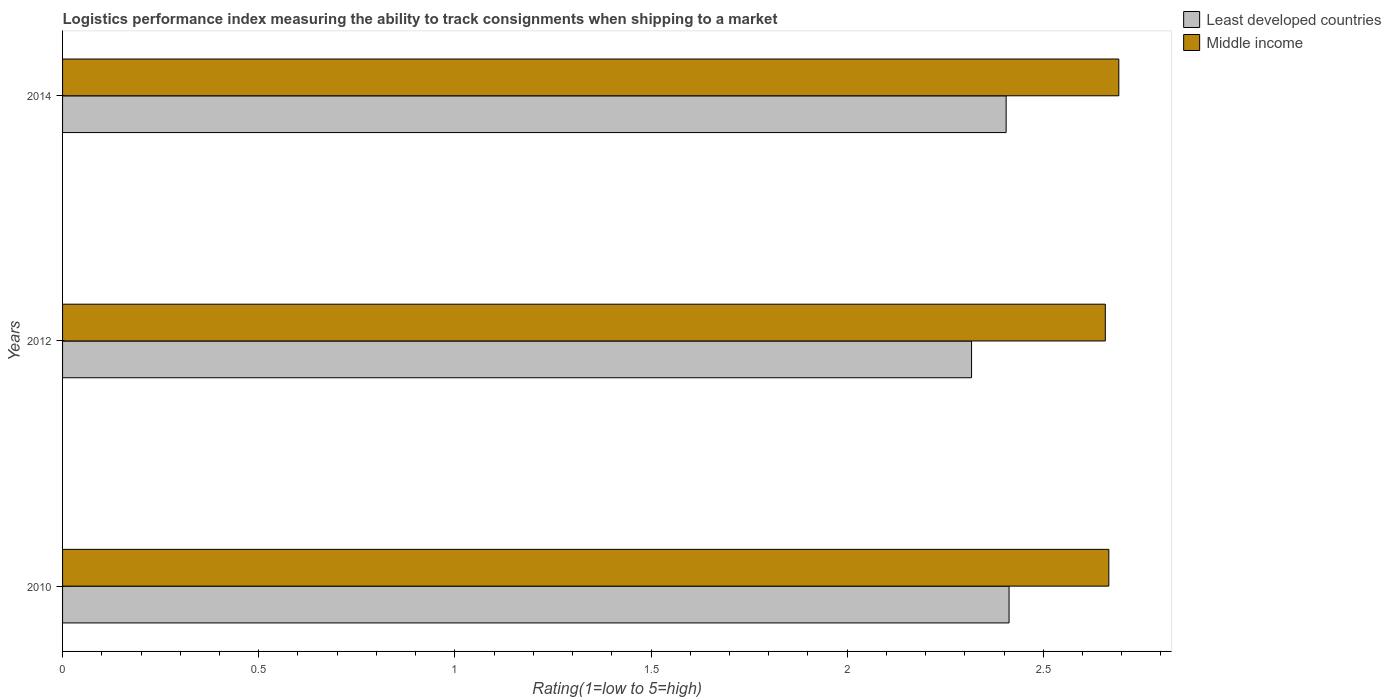
| Years | Least developed countries | Middle income |
 | --- | --- | --- |
 | 2010 | 2.41 | 2.67 |
 | 2012 | 2.32 | 2.66 |
 | 2014 | 2.41 | 2.69 |